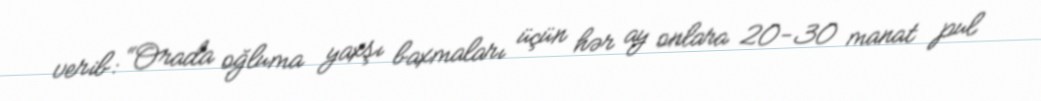
verib: “Orada oğluma yaxşı baxmaları üçün hər ay onlara 20-30 manat pul